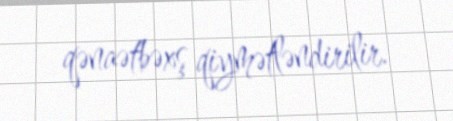
qənaətbəxş qiymətləndirilir.